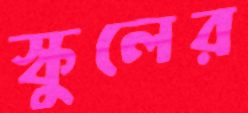
স্কুলের